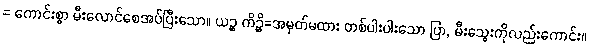
= ကောင်းစွာ မီးလောင်စေအပ်ပြီးသော။ ယဉ္စ ကိဉ္စိ=အမှတ်မထား တစ်ပါးပါးသော ပြာ, မီးသွေးကိုလည်းကောင်း။